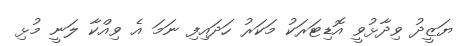
ޔަޒީދު ވިދާޅުވީ އޮޑިޓަރަކު މަކަރު ހަދައިފި ނަމަ އެ ވިއްކާ ލަނީ މުޅި